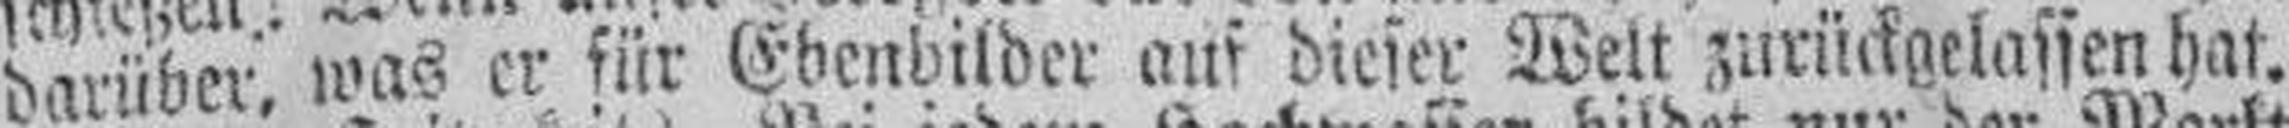
darüber, was er für Ebenbilder auf dieser Welt zurückgelassen hat.